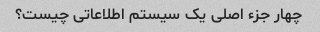
چهار جزء اصلی یک سیستم اطلاعاتی چیست؟